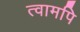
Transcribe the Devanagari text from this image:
त्वामपि